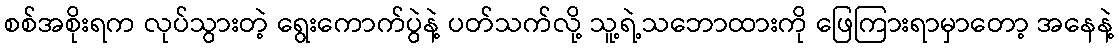
စစ်အစိုးရက လုပ်သွားတဲ့ ရွေးကောက်ပွဲနဲ့ ပတ်သက်လို့ သူ့ရဲ့သဘောထားကို ဖြေကြားရာမှာတော့ အနေနဲ့